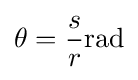
\theta ={\frac {s}{r}}\mathrm {rad}